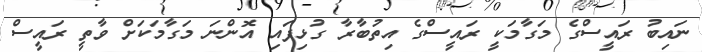
ނައިބު ރައީސްގެ މަގާމަކީ ރައީސްގެ އިތުބާރާ ގުޅިފައި އޮންނަ މަގާމަކަށް ވާތީ ރައީސް